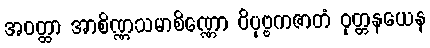
အဝတ္ထာ အာစိဏ္ဏသမာစိဏ္ဏော ဝိပုဗ္ဗကဇာတံ ဝုတ္တနယေန